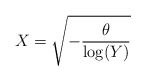
\begin{align*}X= \sqrt{ -\frac{\theta}{\log (Y)}}\end{align*}